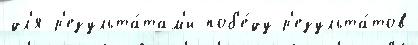
дл'я р'езульта́там'и поб'е́ду р'езульта́тов